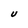
Character: U